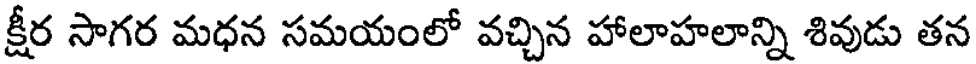
క్షీర సాగర మధన సమయంలో వచ్చిన హాలాహలాన్ని శివుడు తన